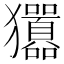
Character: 㺧